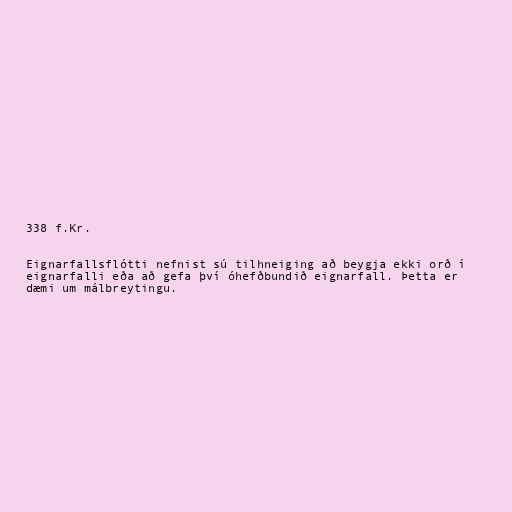
338 f.Kr.

Eignarfallsflótti nefnist sú tilhneiging að beygja ekki orð í
eignarfalli eða að gefa því óhefðbundið eignarfall. Þetta er
dæmi um málbreytingu.